Report on vaccination in Madras 1904-1921 - 1904-1921
Year: 1904
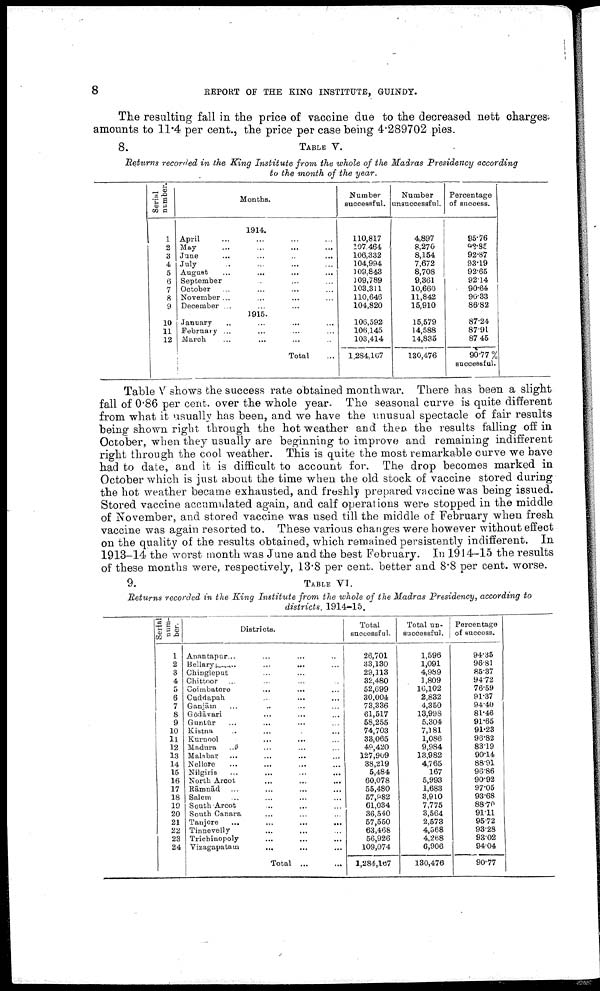
8
REPORT OF THE KING INSTITUTE, GUINDY.
The resulting fall in the price of vaccine due to the decreased nett charges
amounts to 11.4 per cent., the price per case being 4.289702 pies.
8.
TABLE V.
Returns recorded in the King Institute from the whole of the Madras Presidency according
to the month of the year.
Serial
number
1
2
3
4
5
6
7
8
9
10
11
12
Months.
1914.
April ... ... ... ...
May ... ... ... ...
June ... ... ... ...
July
...
...
...
...
August ... ... ... ...
September ... ... ... ...
October ... ... ... ...
November ... ... ... ...
December ... ... ... ...
1915.
January ... ... ... ...
February ... ... ... ...
March ... ... ... ...
Total
Number
successful.
110,817
107,464
106,332
104,994
109,843
109,789
103,311
110,646
104,820
106,592
106,145
103,414
1,284,167
Number
unsuccessful.
4,897
8,270
8,154
7,672
8,708
9,361
10,660
11,842
15,910
15,579
14,588
14,885
130,476
Percentage
of success.
95.76
82.85
92.87
93.19
92.65
92.14
90.64
90.33
86.82
87.24
87.91
87.45
90.77 %
successful.
Table V shows the success rate obtained monthwar. There has been a slight
fall of 0.86 per cent. over the whole year. The seasonal curve is quite different
from what it usually has been, and we have the unusual spectacle of fair results
being shown right through the hot weather and then the results falling off in
October, when they usually are beginning to improve and remaining indifferent
right through the cool weather. This is quite the most remarkable curve we have
had to date, and it is difficult to account for. The drop becomes marked in
October which is just about the time when the old stock of vaccine stored during
the hot weather became exhausted, and freshly prepared vaccine was being issued.
Stored vaccine accumulated again, and calf operations were stopped in the middle
of November, and stored vaccine was used till the middle of February when fresh
vaccine was again resorted to. These various changes were however without effect
on the quality of the results obtained, which remained persistently indifferent. In
1913-14 the worst month was June and the best February. In 1914-15 the results
of these months were, respectively, 13.8 per cent. better and 8.8 per cent. worse.
9.
TABLE VI.
Returns recorded in the King Institute from the whole of the Madras Presidency, according to
districts, 1914-15.
Serial
num
ber.
1
2
3
4
5
6
7
8
9
10
11
12
13
14
15
16
17
18
19
20
21
22
23
24
Districts.
Anantapur ... ... ... ...
Bellary ... ... ... ...
Chingleput ... ... ... ...
Chittoor ... ... ... ...
Coimbatore ... ... ... ...
Cuddapah ... ... ... ...
Ganjām ... ... ... ...
Gōdāvari ... ... ... ...
Guntūr ... ... ... ...
Kistna ... ... ... ...
Kurnool ... ... ... ...
Madura ... ... ... ...
Malabar ... ... ... ...
Nellore ... ... ... ...
Nilgiris ... ... ... ...
North Arcot
...
...
...
...
Rāmnād ... ... ... ...
Salem ... ... ... ...
South Arcot ... ... ... ...
South Canara ... ... ... ...
Tanjore ... ... ... ...
Tinnevelly ... ... ... ...
Trichinopoly ... ... ... ...
Vizagapatam ... ... ... ...
Total ...
Total
successful.
26,701
33,130
29,113
32,480
52,699
30,004
73,336
61,517
58,255
74,703
33,065
49,420
127,909
38,219
5,484
60,078
55,480
57,982
61,034
36,540
57,550
63,468
56,926
109,074
1,284,167
Total un
successful.
1,596
1,091
4,989
1,809
16,102
2,832
4,350
13,998
5,304
7,181
1,086
9,984
13,982
4,765
167
5,993
1,683
3,910
7,775
3,564
2,573
4,568
4,268
6,906
130,476
Percentage
of success.
94.35
96.81
85.87
94.72
76.59
91.37
94.40
81.46
91.65
91.23
96.82
83.19
90.14
88.91
96.86
90.92
97.05
93.68
88.70
91.11
95.72
93.28
93.02
94.04
90.77